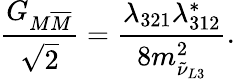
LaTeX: {\frac{G_{M\overline{{{M}}}}}{\sqrt{2}}}={\frac{\lambda_{321}\lambda_{312}^{*}}{8m_{\tilde{\nu}_{L3}}^{2}}}.